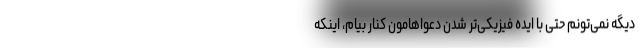
دیگه نمی‌تونم حتی با ایده فیزیکی‌تر شدن دعواهامون کنار بیام، اینکه